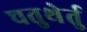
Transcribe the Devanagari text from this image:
चतुथेर्तु